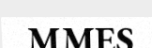
MMES